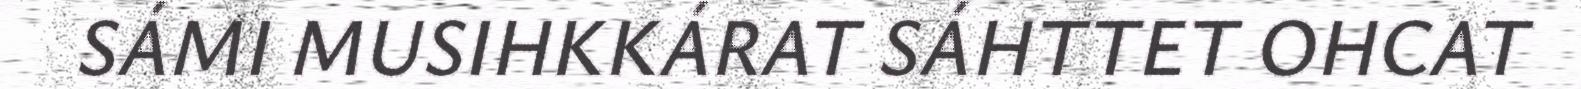
SÁMI MUSIHKKÁRAT SÁHTTET OHCAT